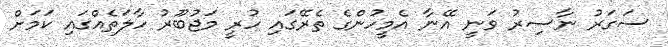
ސަގަރު ނާސިރު ވަނީ އޭނާ އެމީހުންގެ ތެރޭގައި ހުރީ މަޖުބޫރު ހާލަތެއްގައި ކަމަށް